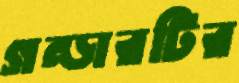
গন্ডারটির